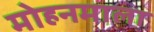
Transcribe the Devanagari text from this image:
मोहनमाला